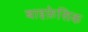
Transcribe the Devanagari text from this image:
बाइफ़ेसिक